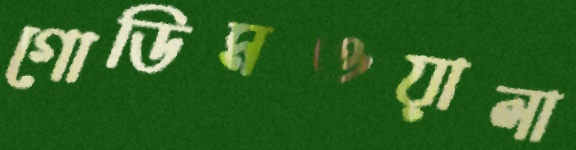
গোডিমওয়ালা